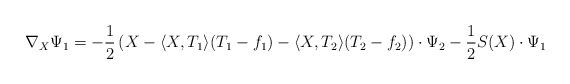
\begin{align*}\nabla_X\Psi_1=-\frac{1}{2}\left(X-\langle X,T_1\rangle (T_1-f_1)-\langle X,T_2\rangle (T_2-f_2)\right)\cdot\Psi_2-\frac{1}{2}S(X)\cdot\Psi_1\end{align*}